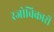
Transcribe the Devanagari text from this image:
रजोविकारों